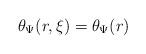
LaTeX: \begin{align*}\theta_{\Psi}(r,\xi) = \theta_{\Psi}(r)\end{align*}